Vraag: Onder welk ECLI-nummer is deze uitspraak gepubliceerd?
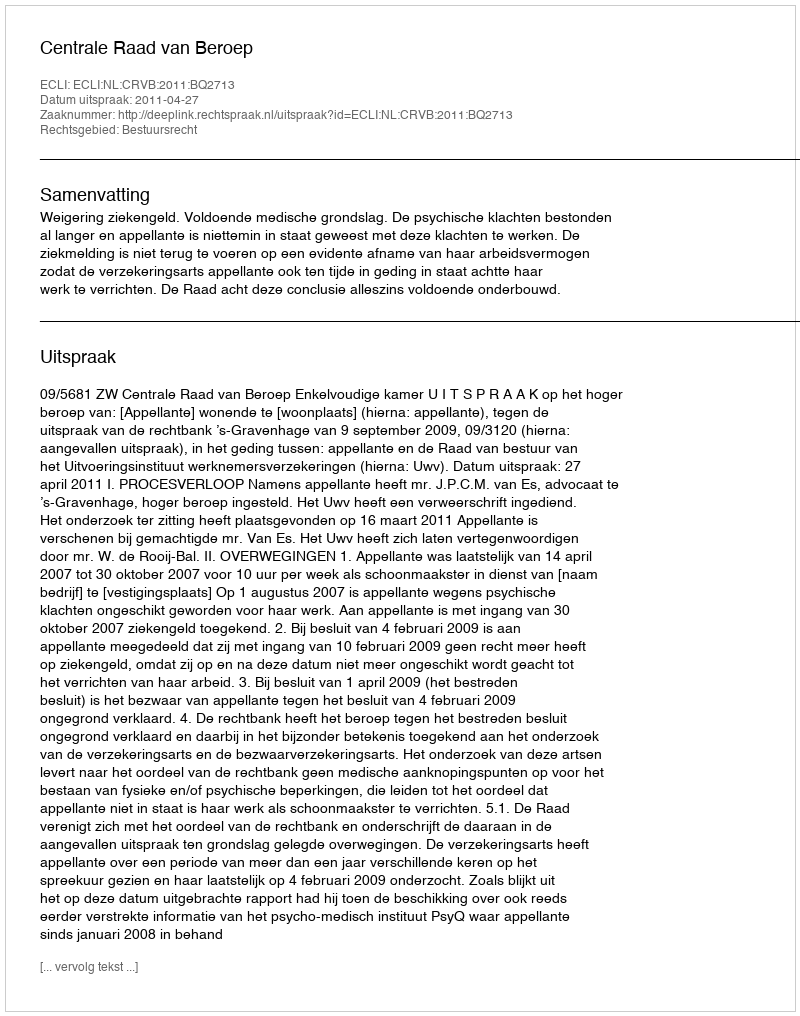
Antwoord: ECLI:NL:CRVB:2011:BQ2713